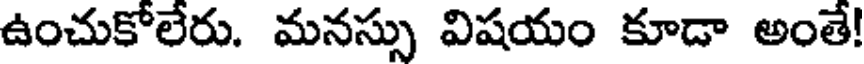
ఉంచుకోలేరు. మనస్సు విషయం కూడా అంతే!